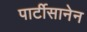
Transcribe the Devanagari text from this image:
पार्टीसानेन